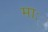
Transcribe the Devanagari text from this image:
माः